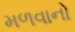
મળવાનો